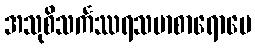
အသုစိသင်္ကဿရသမာစာရောပေ